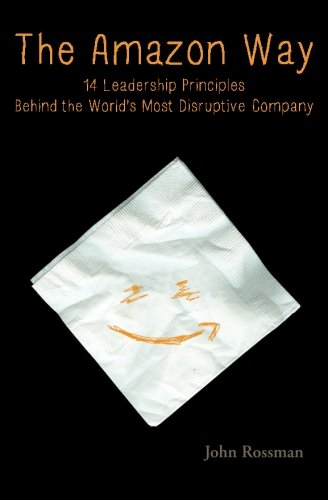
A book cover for The Amazon Way: 14 Leadership Principles Behind the World's Most Disruptive Company; John Rossman; Business & Money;